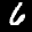
Label: 6